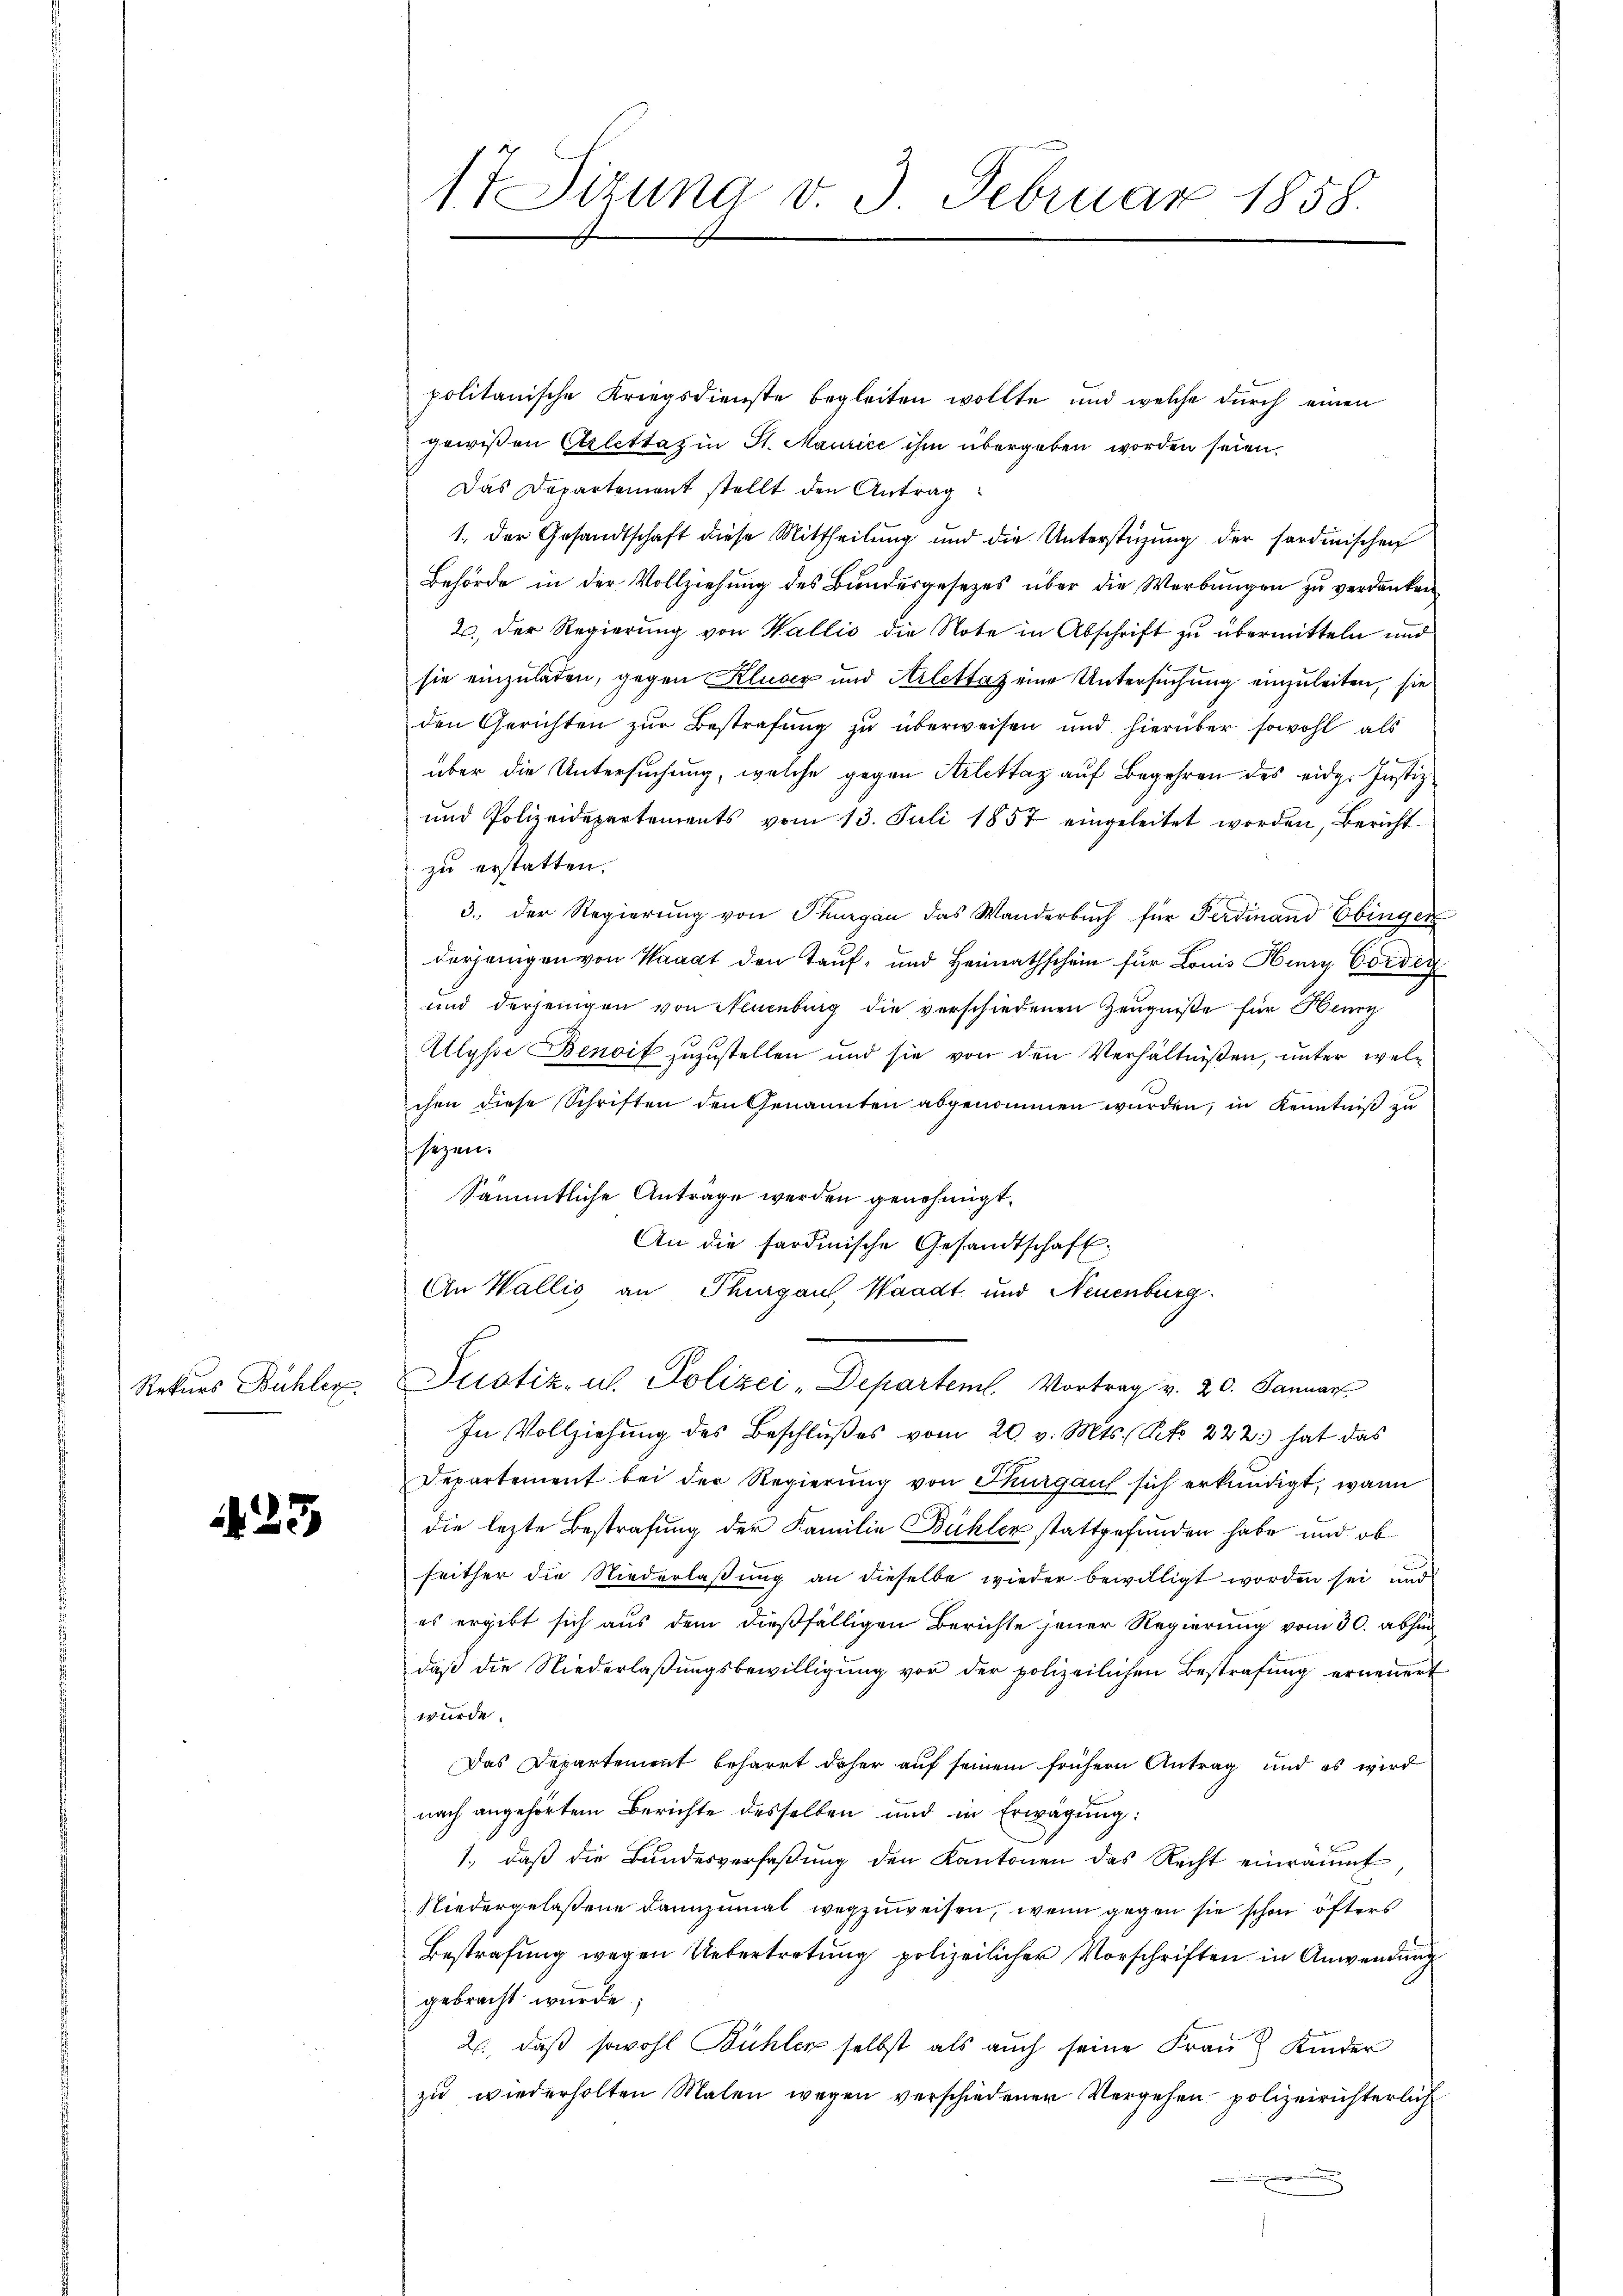
Rekurs Bühler

425

17 Sizung v. 3. Februar 1858.

politanische Kriegsdienste begleiten wollte, und welche durch einen
gewissen Arlettag in St. Maurice ihm übergeben worden seien.
Das Departement stellt den Antrag
1. Der Gesandtschaft diese Mittheilung und die Unterstüzung der fordinischen
Behörde in der Vollziehung des Bundesgesetzes über die Werbungen zu verdanken
2. Der Regierung von Wallis die Note in Abschrift zu übermitteln und
sie einzuladen, gegen Kluser und Arlettaz eine Untersuchung einzuleiten, sie
den Gerichten zŭr Bestrafŭng zŭ überweisen und hierüber sowohl als
über die Untersuchung, welche gegen Arlettag auf Begehren des eidg. Justiz
und Polizeidepartements vom 13. Juli 1857 eingeleitet worden, Bericht
zu erstatten.
3. der Regierŭng von Thurgau das Wanderbŭch für Ferdinand Ebingen
derjenigen von Waadt den Tauf- und Heimathschein für Louis Henry Cordig
und derjenigen von Neuenburg die verschiedenen Zeugniße für Benz
Ulysse Benoit zuzustellen und sie von den Verhältnißen, unter welchen diese Schriften den Genannten abgenommen wurden, in Kenntniß zu
sezen.
Sämmtliche Anträge werden genehmigt.
An die sardinische Gesandtschaft.
An Wallis an Thurgau, Waadt und Neuenburg.
Justiz, u. Polizei-Departeml. Vortrag v. 20. Januar
In Vollziehung des Beschlußes vom 20. v. Mts. Peto 222. hat das
Departement bei der Regierung von Thurgaus sich erkundigt, wann
die lezte Bestrafung der Familie Bühler stattgefunden habe und ob
seither die Niederlaßung an dieselbe wieder bewilligt worden sei und
es ergibt sich aus dem dießfälligen Berichte jener Regierung vom 30. abhin
daβ die Niederlaβŭngsbewilligŭng vor der polizeilichen Bestrafŭng erneŭert
würde.
Das Departement beharrt daher auf seinem frühern Antrag und es wird
nach angehörtem Berichte desselben und in Erwägung:
1., daß die Bundesverfaßung den Kantonen das Recht einräumt
Niedergelassene dannzumal wegzuweisen, wenn gegen sie schon öfters
Bestrafung wegen Uebertretung polizeilicher Vorschriften in Anwendung
gebracht wurde;
2., daß sowohl Bühler selbst als auch seine Frau Kinder
zu wiederholten Malen wegen verschiedenen Vergehen polizeirichterlich
.